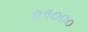
૨૧૦૦૦